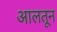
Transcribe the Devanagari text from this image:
आलतून